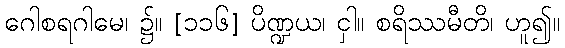
ဂေါစရဂါမေ၊ ၌။ [၁၁၆] ပိဏ္ဍယ၊ ငှါ။ စရိဿမီတိ၊ ဟူ၍။